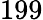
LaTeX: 199